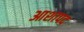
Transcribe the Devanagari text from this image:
आशापद